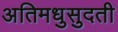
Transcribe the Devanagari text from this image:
अतिमधुसुदती